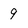
Character: 9